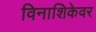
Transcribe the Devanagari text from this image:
विनाशिकेवर